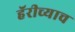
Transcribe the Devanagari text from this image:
हॅरीच्याच